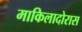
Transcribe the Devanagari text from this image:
माकिलादोरास